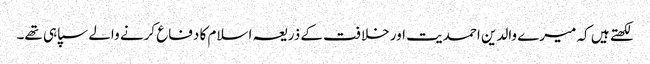
لکھتے ہیں کہ میرے والدین احمدیت اور خلافت کے ذریعہ اسلام کا دفاع کرنے والے سپاہی تھے۔